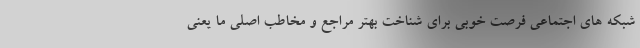
شبکه های اجتماعی فرصت خوبی برای شناخت بهتر مراجع و مخاطب اصلی ما یعنی